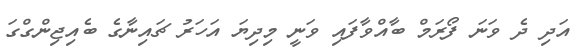
އަދި ދެ ވަނަ ފޯރަމް ބާއްވާފައި ވަނީ މިދިޔަ އަހަރު ޗައިނާގެ ބެއިޖިންގްގަ